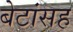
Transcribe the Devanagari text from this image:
बेटांसह